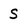
Character: S